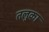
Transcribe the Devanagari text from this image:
तलुका